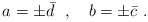
\begin{align*}a = \pm \bar{d} \ \ , \ \ \ b = \pm \bar{c} \ .\end{align*}